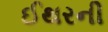
ઈથરની